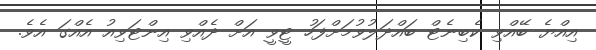
އިއްޔެ ބޭއްވި ކެބިނެޓް ބައްދަލުވުމަށްފަހު ޓީވީ އަށް ދެއްވި އިންޓަވިއު އެއްގަ އެވެ.